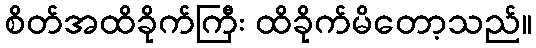
စိတ်အထိခိုက်ကြီး ထိခိုက်မိတော့သည်။